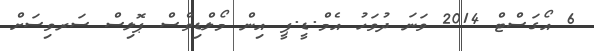
6 އޯގަސްޓް 2014 ވަނަ ދުވަހު އެމް.ޑީ.ޕީ އިން މޯލްޑިވްސް ޕޮލިސް ސަރވިސަށް